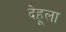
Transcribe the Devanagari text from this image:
देहूला